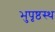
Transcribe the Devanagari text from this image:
भुपृष्ठस्थ